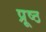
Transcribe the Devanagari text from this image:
प्रूष्ठ